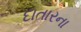
દાતારના